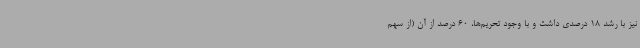
نیز با رشد 18 درصدی داشت و با وجود تحریم‌ها، 60 درصد از آن (از سهم